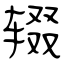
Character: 辍